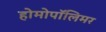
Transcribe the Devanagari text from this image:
होमोपॉलिमर